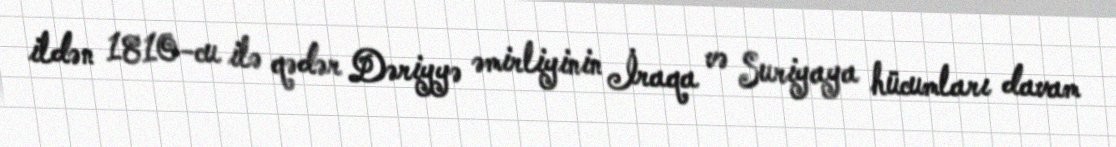
ildən 1810-cu ilə qədər Dəriyyə əmirliyinin İraqa və Suriyaya hücumları davam